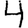
Digit: 4